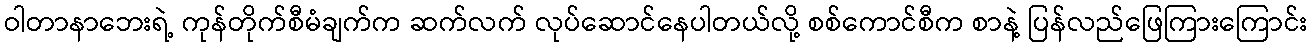
ဝါတာနာဘေးရဲ့ ကုန်တိုက်စီမံချက်က ဆက်လက် လုပ်ဆောင်နေပါတယ်လို့ စစ်ကောင်စီက စာနဲ့ ပြန်လည်ဖြေကြားကြောင်း